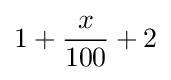
1+{\frac {x}{100}}+2